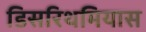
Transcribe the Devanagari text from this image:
डिसरिथमियास